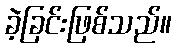
ခဲ့ခြင်းဖြစ်သည်။